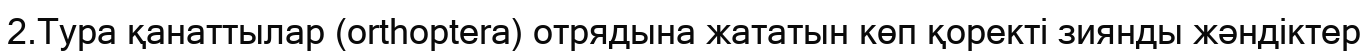
2.Тура қанаттылар (orthoptera) отрядына жататын көп қоректі зиянды жәндіктер